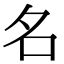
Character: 名